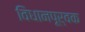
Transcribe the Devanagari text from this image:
विधानपूर्वक